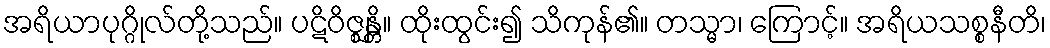
အရိယာပုဂ္ဂိုလ်တို့သည်။ ပဋိဝိဇ္ဈန္တိ။ ထိုးထွင်း၍ သိကုန်၏။ တသ္မာ၊ ကြောင့်။ အရိယသစ္စနီတိ၊